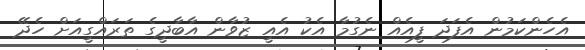
އެހެންކަމުން އެފަދަ ފީއެއް ނެގުމާ އެކު އެއީ ޒުވާން އާބާދީގެ ތަރައްގީއަށް ހެދޭ